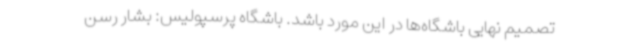
تصمیم نهایی باشگاه‌ها در این مورد باشد. باشگاه پرسپولیس: بشار رسن